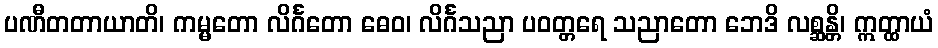
ပဏီတတာယာတိ၊ ကမ္မတော လိင်္ဂတော ဓေဝ၊ လိင်္ဂသညာ ပဝတ္တရေ သညာတော ဘေဒိ လစ္ဆန္တိ၊ ဣတ္ထာယံ